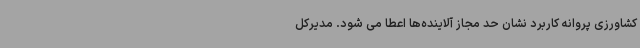
کشاورزی پروانه کاربرد نشان حد مجاز آلاینده‌ها اعطا می شود. مدیرکل